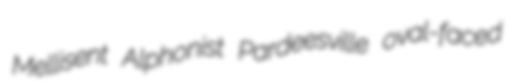
Mellisent Alphonist Pardeesville oval-faced